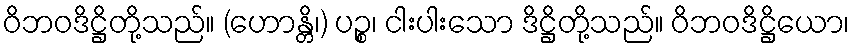
ဝိဘဝဒိဋ္ဌိတို့သည်။ (ဟောန္တိ၊) ပဉ္စ၊ ငါးပါးသော ဒိဋ္ဌိတို့သည်။ ဝိဘဝဒိဋ္ဌိယော၊